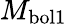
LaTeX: M_{\mathrm{bol1}}